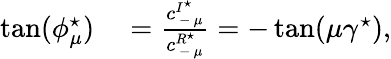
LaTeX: \begin{array}{rl}{\tan(\phi_{\mu}^{\star})}&{{}=\frac{c_{\mathrm{~-~}\mu}^{I^{\star}}}{c_{\mathrm{~-~}\mu}^{R^{\star}}}=-\tan(\mu\gamma^{\star}),}\end{array}